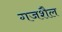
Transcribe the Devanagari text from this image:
गजशैल